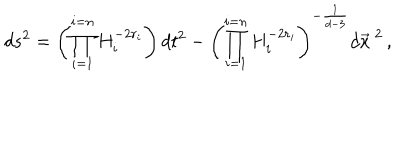
LaTeX: d s ^ { 2 } = \left( \prod _ { i = 1 } ^ { i = n } H _ { i } ^ { - 2 r _ { i } } \right) d t ^ { 2 } - \left( \prod _ { i = 1 } ^ { i = n } H _ { i } ^ { - 2 r _ { i } } \right) ^ { - \frac { 1 } { d - 3 } } d \vec { x } ^ { \ 2 } \, ,